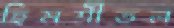
হিমশীতল